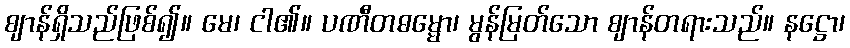
ဈာန်ရှိသည်ဖြစ်၍။ မေ၊ ငါ၏။ ပဏီတဓမ္မော၊ မွန်မြတ်သော ဈာန်တရားသည်။ နဋ္ဌော၊